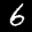
Label: 6